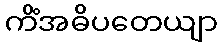
ကိံအဓိပတေယျာ